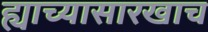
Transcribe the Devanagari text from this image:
ह्याच्यासारखाच